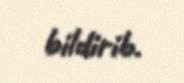
bildirib.